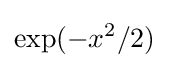
\exp(-x^{2}/2)